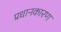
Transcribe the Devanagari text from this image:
प्रधानकारण